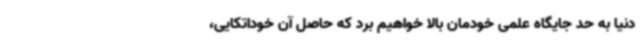
دنیا به حد جایگاه علمی خودمان بالا خواهیم برد که حاصل آن خوداتکایی،